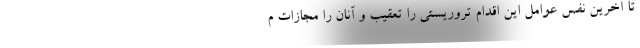
تا آخرین نفس عوامل این اقدام تروریستی را تعقیب و آنان را مجازات م